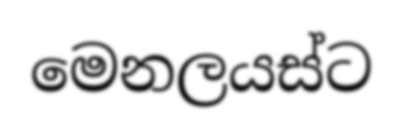
මෙනලයස්ට